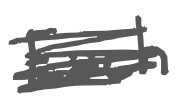
Text: Each
Cross-out: scratch
Writing tool: digital_gray